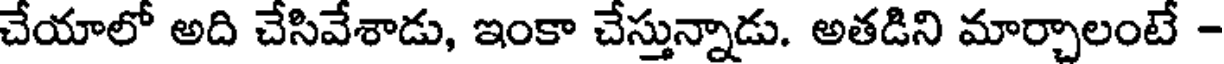
చేయాలో అది చేసివేశాడు, ఇంకా చేస్తున్నాడు. అతడిని మార్చాలంటే -